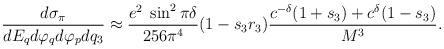
LaTeX: \begin{align*}{d\sigma_{\pi}\over d E_q d\varphi_q d\varphi_p dq_3} \approx{e^2\;\sin^2\pi\delta\over 256\pi^4 } (1-s_3 r_3){c^{-\delta}(1+s_3) + c^{\delta} (1-s_3)\over M^3}.\end{align*}